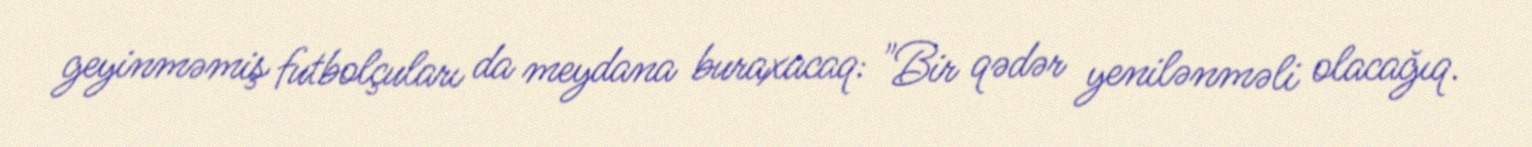
geyinməmiş futbolçuları da meydana buraxacaq: "Bir qədər yenilənməli olacağıq.